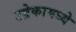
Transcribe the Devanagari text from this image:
उद्रेकामध्ये